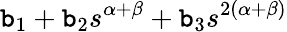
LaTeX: \mathtt{b}_{1}+\mathtt{b}_{2}s^{\alpha+\beta}+\mathtt{b}_{3}s^{2\left(\alpha+\beta\right)}